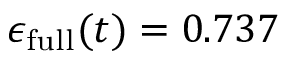
\epsilon _ { \mathrm { f u l l } } ( t ) = 0 . 7 3 7